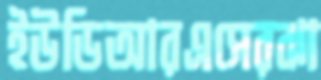
ইউডিআরএসেরঝা